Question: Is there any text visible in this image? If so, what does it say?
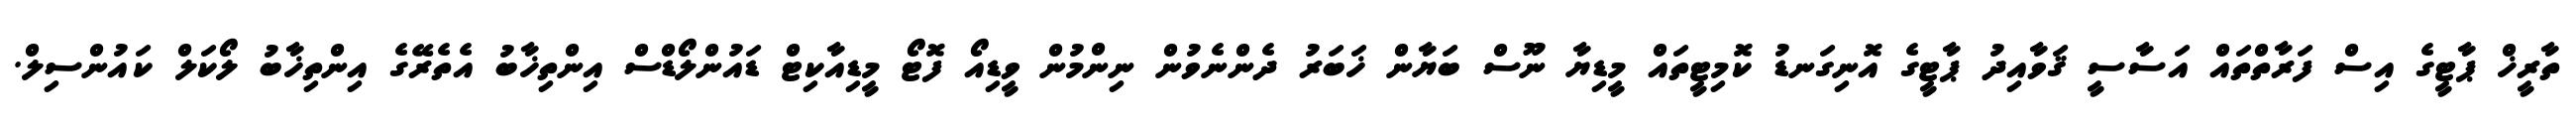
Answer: ތާރީޚް ޕާޓީގެ އިސް ފަރާތްތައް އަސާސީ ޤަވާއިދު ޕާޓީގެ އޮނިގަނޑު ކޮމިޓީތައް މީޑިޔާ ނޫސް ބަޔާން ޚަބަރު ދެންނެވުން ނިންމުން ވީޑިއޯ ފޮޓޯ މީޑިއާކިޓް ޑައުންލޯޑްސް އިންތިޚާބު އެތެރޭގެ އިންތިޚާބު ލޯކަލް ކައުންސިލް.